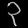
Digit: ၃